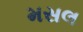
મસલ